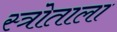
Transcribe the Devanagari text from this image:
स्त्रोताला